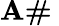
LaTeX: \textbf{A\# }